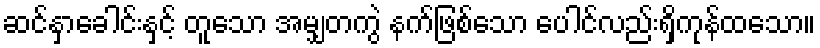
ဆင်နှာခေါင်းနှင့် တူသော အမျှတကွဲ နက်ဖြစ်သော ပေါင်လည်းရှိကုန်ထသော။